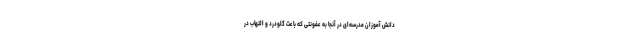
دانش آموزان مدرسه‌ای در آنجا به عفونتی که باعث گلودرد و التهاب در